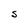
Character: S